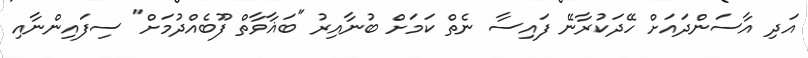
އަދި އާސަންދައަށް ހޭދަކުރާނޭ ފައިސާ ނެތް ކަމަށް ބުނާއިރު "ބަޣާވާތް ފޫބެއްދުމަށް" ސިފައިންނާއި